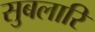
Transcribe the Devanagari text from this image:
सुबलारि